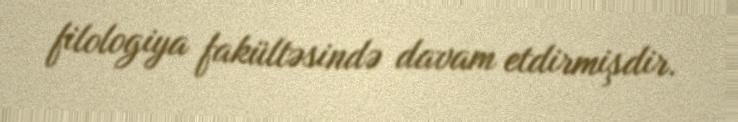
filologiya fakültəsində davam etdirmişdir.